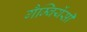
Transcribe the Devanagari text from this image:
गैम्बियेंसी